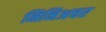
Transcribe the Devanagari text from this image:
मिनिअचर